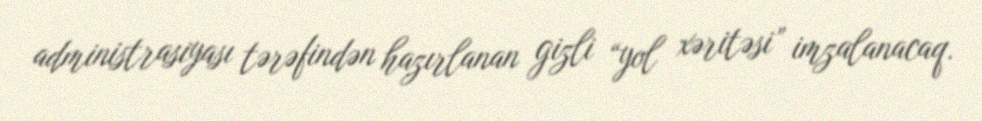
administrasiyası tərəfindən hazırlanan gizli “yol xəritəsi” imzalanacaq.